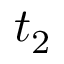
t _ { 2 }